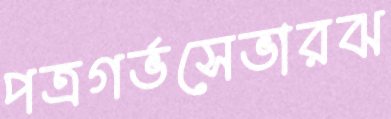
পত্রগর্ভসেভারঝ